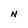
Character: n